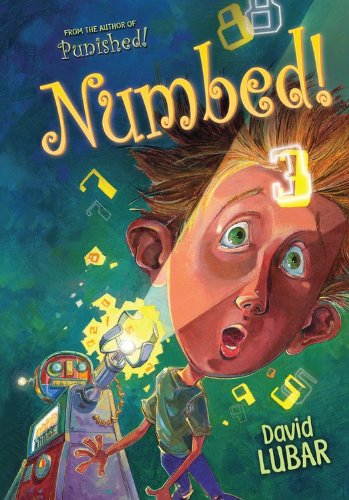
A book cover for Numbed!; David Lubar; Children's Books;